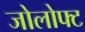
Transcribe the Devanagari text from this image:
जोलोफ्ट